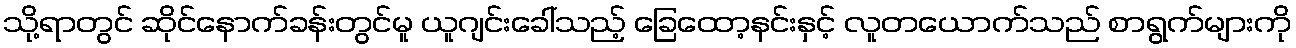
သို့ရာတွင် ဆိုင်နောက်ခန်းတွင်မူ ယူဂျင်းခေါ်သည့် ခြေထော့နင်းနှင့် လူတယောက်သည် စာရွက်များကို